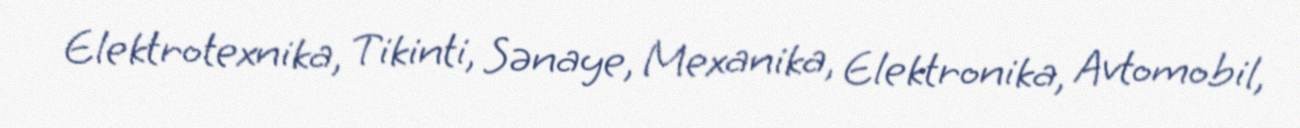
Elektrotexnika, Tikinti, Sənaye, Mexanika, Elektronika, Avtomobil,